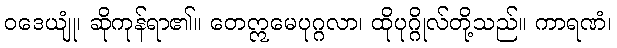
ဝဒေယျုံ၊ ဆိုကုန်ရာ၏။ တေဣမေပုဂ္ဂလာ၊ ထိုပုဂ္ဂိုလ်တို့သည်။ ကာရဏံ၊